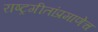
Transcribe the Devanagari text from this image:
राष्ट्रगीतांप्रमाणेच